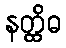
နတ္ထိဓ